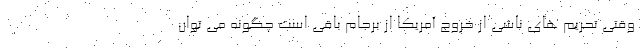
وقتی تحریم های ناشی از خروج آمریکا از برجام باقی است چگونه می توان